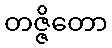
တဇ္ဇိတော